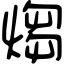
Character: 煼